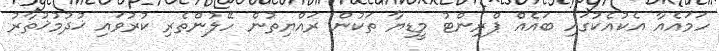
ހަމައެއާ އެކުއެކުގައި ބައެއް ޕްރިންޓު މީޑިޔާ ތަކުން ރައްޔިތުން ހޭލުންތެރި ކުރުވައި ޚުދުމުޚުތާރު